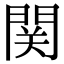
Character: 関